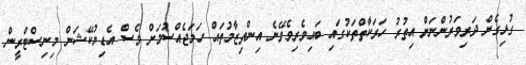
ގުޅިގެން ދަރިވަރުންނަށް އިތުރު ހަރަކާތްތަކުގައި ބައިވެރިވެވޭނެ އިންތިޒާމުތައް ހަަމަޖެއްސުމަށް ވެސް އެޑިޔުކޭޝަން މިނިސްޓްރީން